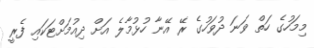
މިމަހުގެ ހަތް ވަނަ ދުވަހުގެ ރޭ އޭނާ ހުޅުމާލެ އަށް ދިއުމަށްޓަކައި ފެރީ